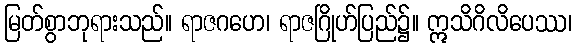
မြတ်စွာဘုရားသည်။ ရာဇဂဟေ၊ ရာဇဂြိုဟ်ပြည်၌။ ဣသိဂိလိပေဿ၊